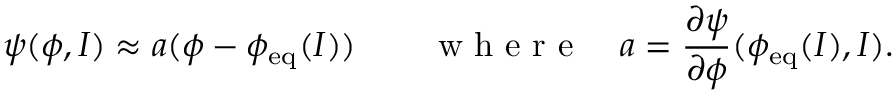
\psi ( \phi , I ) \approx a ( \phi - \phi _ { \mathrm { e q } } ( I ) ) \qquad \mathrm { ~ w ~ h ~ e ~ r ~ e ~ } \quad a = \frac { \partial \psi } { \partial \phi } ( \phi _ { \mathrm { e q } } ( I ) , I ) .